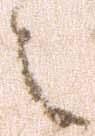
之